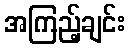
အကြည့်ချင်း